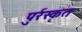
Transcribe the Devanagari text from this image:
पुर्रस्कृत